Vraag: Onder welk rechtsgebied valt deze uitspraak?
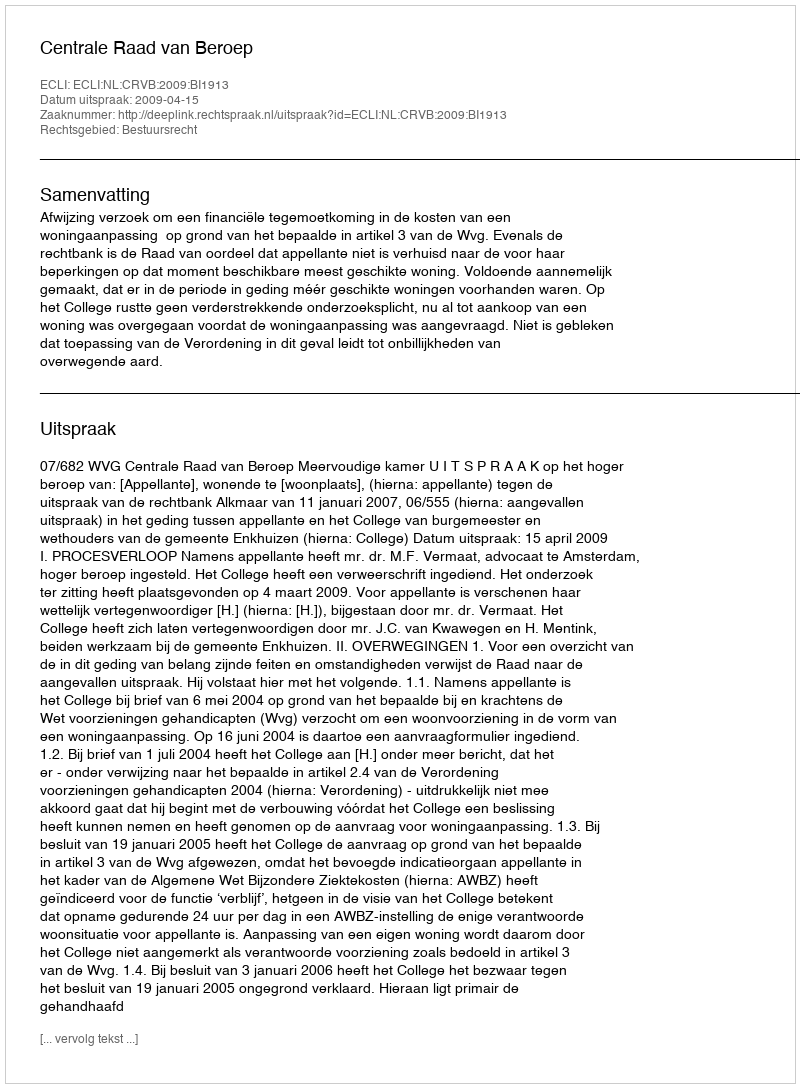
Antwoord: Bestuursrecht